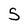
Character: S